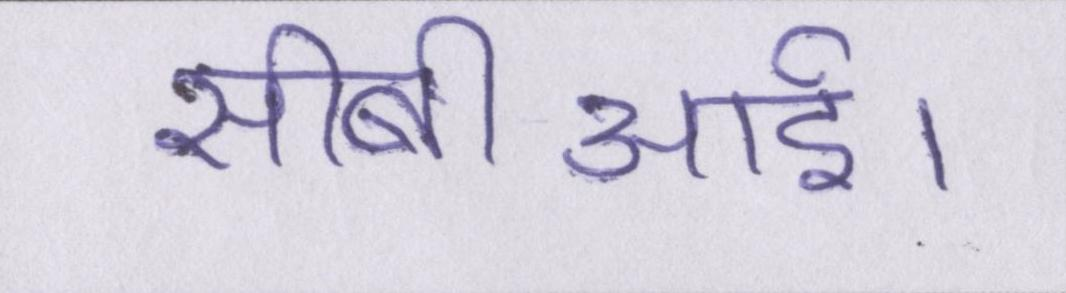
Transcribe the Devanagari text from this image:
सीबीआई।